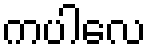
ကပါလေ